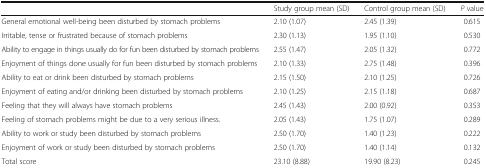
|  | Study group mean (SD) | Control group mean (SD) | P value |
 | --- | --- | --- | --- |
 | General emotional well-being been disturbed by stomach problems | 2.10 (1.07) | 2.45 (1.39) | 0.615 |
 | Irritable, tense or frustrated because of stomach problems | 2.30 (1.13) | 1.95 (1.10) | 0.530 |
 | Ability to engage in things usually do for fun been disturbed by stomach problems | 2.55 (1.47) | 2.05 (1.32) | 0.772 |
 | Enjoyment of things done usually for fun been disturbed by stomach problems | 2.10 (1.33) | 2.75 (1.48) | 0.396 |
 | Ability to eat or drink been disturbed by stomach problems | 2.15 (1.50) | 2.10 (1.25) | 0.726 |
 | Enjoyment of eating and/or drinking been disturbed by stomach problems | 2.10 (1.25) | 2.15 (1.18) | 0.687 |
 | Feeling that they will always have stomach problems | 2.45 (1.43) | 2.00 (0.92) | 0.353 |
 | Feeling of stomach problems might be due to a very serious illness. | 2.05 (1.43) | 1.75 (1.07) | 0.289 |
 | Ability to work or study been disturbed by stomach problems | 2.50 (1.70) | 1.40 (1.23) | 0.222 |
 | Enjoyment of work or study been disturbed by stomach problems | 2.50 (1.70) | 1.40 (1.14) | 0.132 |
 | Total score | 23.10 (8.88) | 19.90 (8.23) | 0.245 |